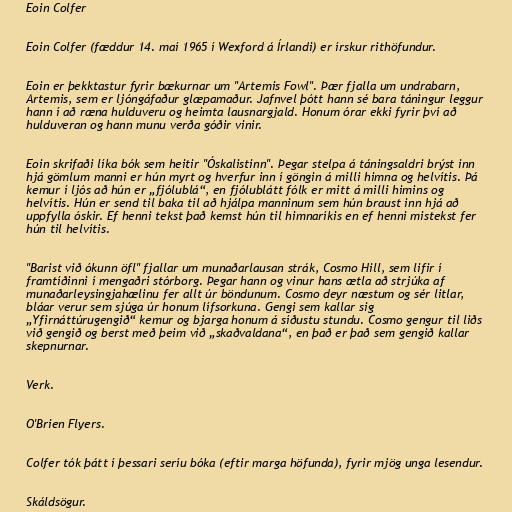
Eoin Colfer

Eoin Colfer (fæddur 14. maí 1965 í Wexford á Írlandi) er írskur rithöfundur.

Eoin er þekktastur fyrir bækurnar um "Artemis Fowl". Þær fjalla um undrabarn,
Artemis, sem er ljóngáfaður glæpamaður. Jafnvel þótt hann sé bara táningur leggur
hann í að ræna hulduveru og heimta lausnargjald. Honum órar ekki fyrir því að
hulduveran og hann munu verða góðir vinir.

Eoin skrifaði líka bók sem heitir "Óskalistinn". Þegar stelpa á táningsaldri brýst inn
hjá gömlum manni er hún myrt og hverfur inn í göngin á milli himna og helvítis. Þá
kemur í ljós að hún er „fjólublá“, en fjólublátt fólk er mitt á milli himins og
helvítis. Hún er send til baka til að hjálpa manninum sem hún braust inn hjá að
uppfylla óskir. Ef henni tekst það kemst hún til himnaríkis en ef henni mistekst fer
hún til helvítis.

"Barist við ókunn öfl" fjallar um munaðarlausan strák, Cosmo Hill, sem lifir í
framtíðinni í mengaðri stórborg. Þegar hann og vinur hans ætla að strjúka af
munaðarleysingjahælinu fer allt úr böndunum. Cosmo deyr næstum og sér litlar,
bláar verur sem sjúga úr honum lífsorkuna. Gengi sem kallar sig
„Yfirnáttúrugengið“ kemur og bjarga honum á síðustu stundu. Cosmo gengur til liðs
við gengið og berst með þeim við „skaðvaldana“, en það er það sem gengið kallar
skepnurnar.

Verk.

O'Brien Flyers.

Colfer tók þátt í þessari seríu bóka (eftir marga höfunda), fyrir mjög unga lesendur.

Skáldsögur.